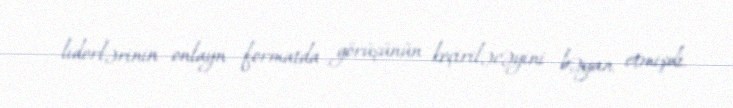
liderlərinin onlayn formatda görüşünün keçiriləcəyini bəyan etmişdi.